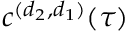
c ^ { ( d _ { 2 } , d _ { 1 } ) } ( \tau )